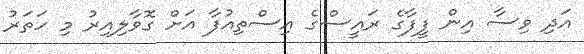
އަދި ވިސާ އިން ފީފާގެ ރައީސްގެ އިސްތިއުފާ އަށް ގޮވާލިއިރު މި ހަތަރު